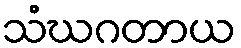
သံဃဂတာယ